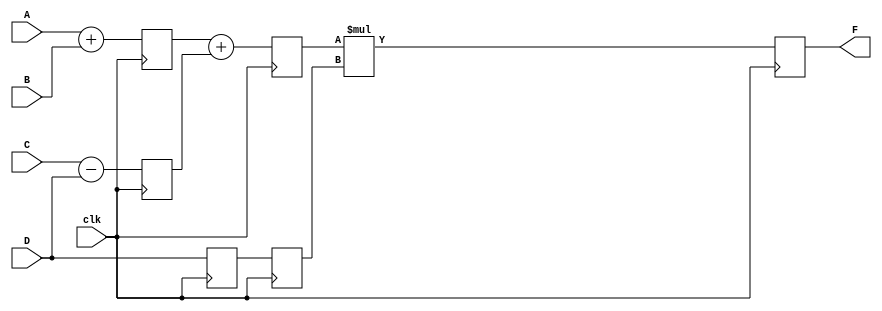
module pipe_ex(F,A,B,C,D,clk);
parameter N=10;
input [N-1:0] A,B,C,D;
input clk;
output [N-1:0] F;
reg [N-1:0] L12_x1,L12_x2,L12_D,L23_x3,L23_D,L34_F;
assign F=L34_F;
always@(posedge clk)  //**Stage1**
begin
L12_x1 <= #4 A+B;
L12_x2 <= #4 C-D;
L12_D  <= D;
end
always@(posedge clk)  //**Stage2**
begin
L23_x3 <= #4 L12_x1 + L12_x2;
L23_D <= L12_D;
end
always@(posedge clk)  //**Stage3**
L34_F<= #6 L23_x3 * L23_D;
endmodule